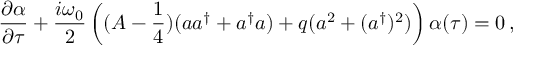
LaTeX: \frac { \partial \alpha } { \partial \tau } + \frac { i \omega _ { 0 } } 2 \left( ( A - \frac 1 4 ) ( a a ^ { \dag } + a ^ { \dag } a ) + q ( a ^ { 2 } + ( a ^ { \dag } ) ^ { 2 } ) \right) \alpha ( \tau ) = 0 \, ,